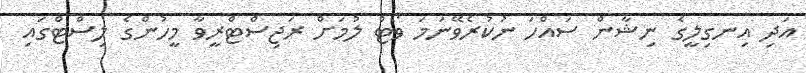
އަދި އިނގިލީގެ ނިޝާން ސައްހަ ނުކުރެވޭނަމަ ވޯޓް ލުމަށް ރަޖިސްޓްރީވާ މީހުންގެ ލިސްޓްގައި